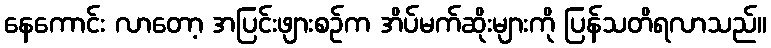
နေကောင်း လာတော့ အပြင်းဖျားစဉ်က အိပ်မက်ဆိုးများကို ပြန်သတိရလာသည်။